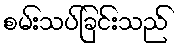
စမ်းသပ်ခြင်းသည်